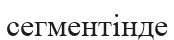
сегментінде